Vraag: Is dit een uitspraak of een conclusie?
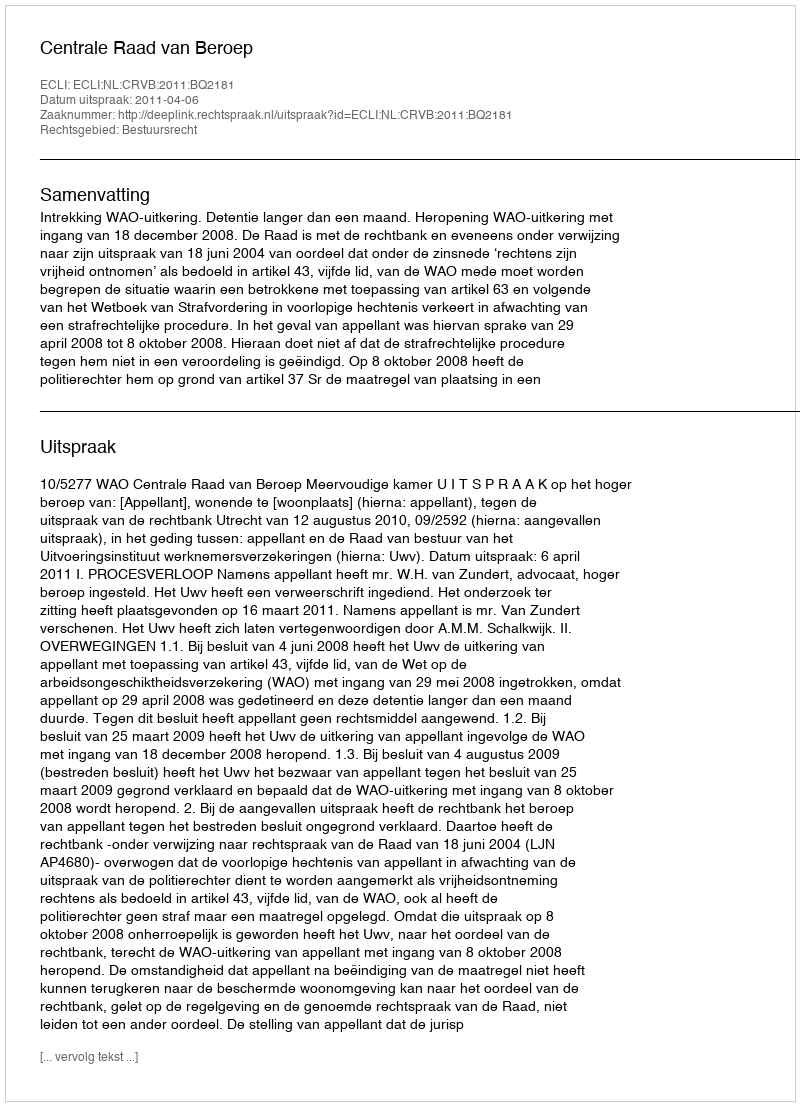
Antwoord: Uitspraak